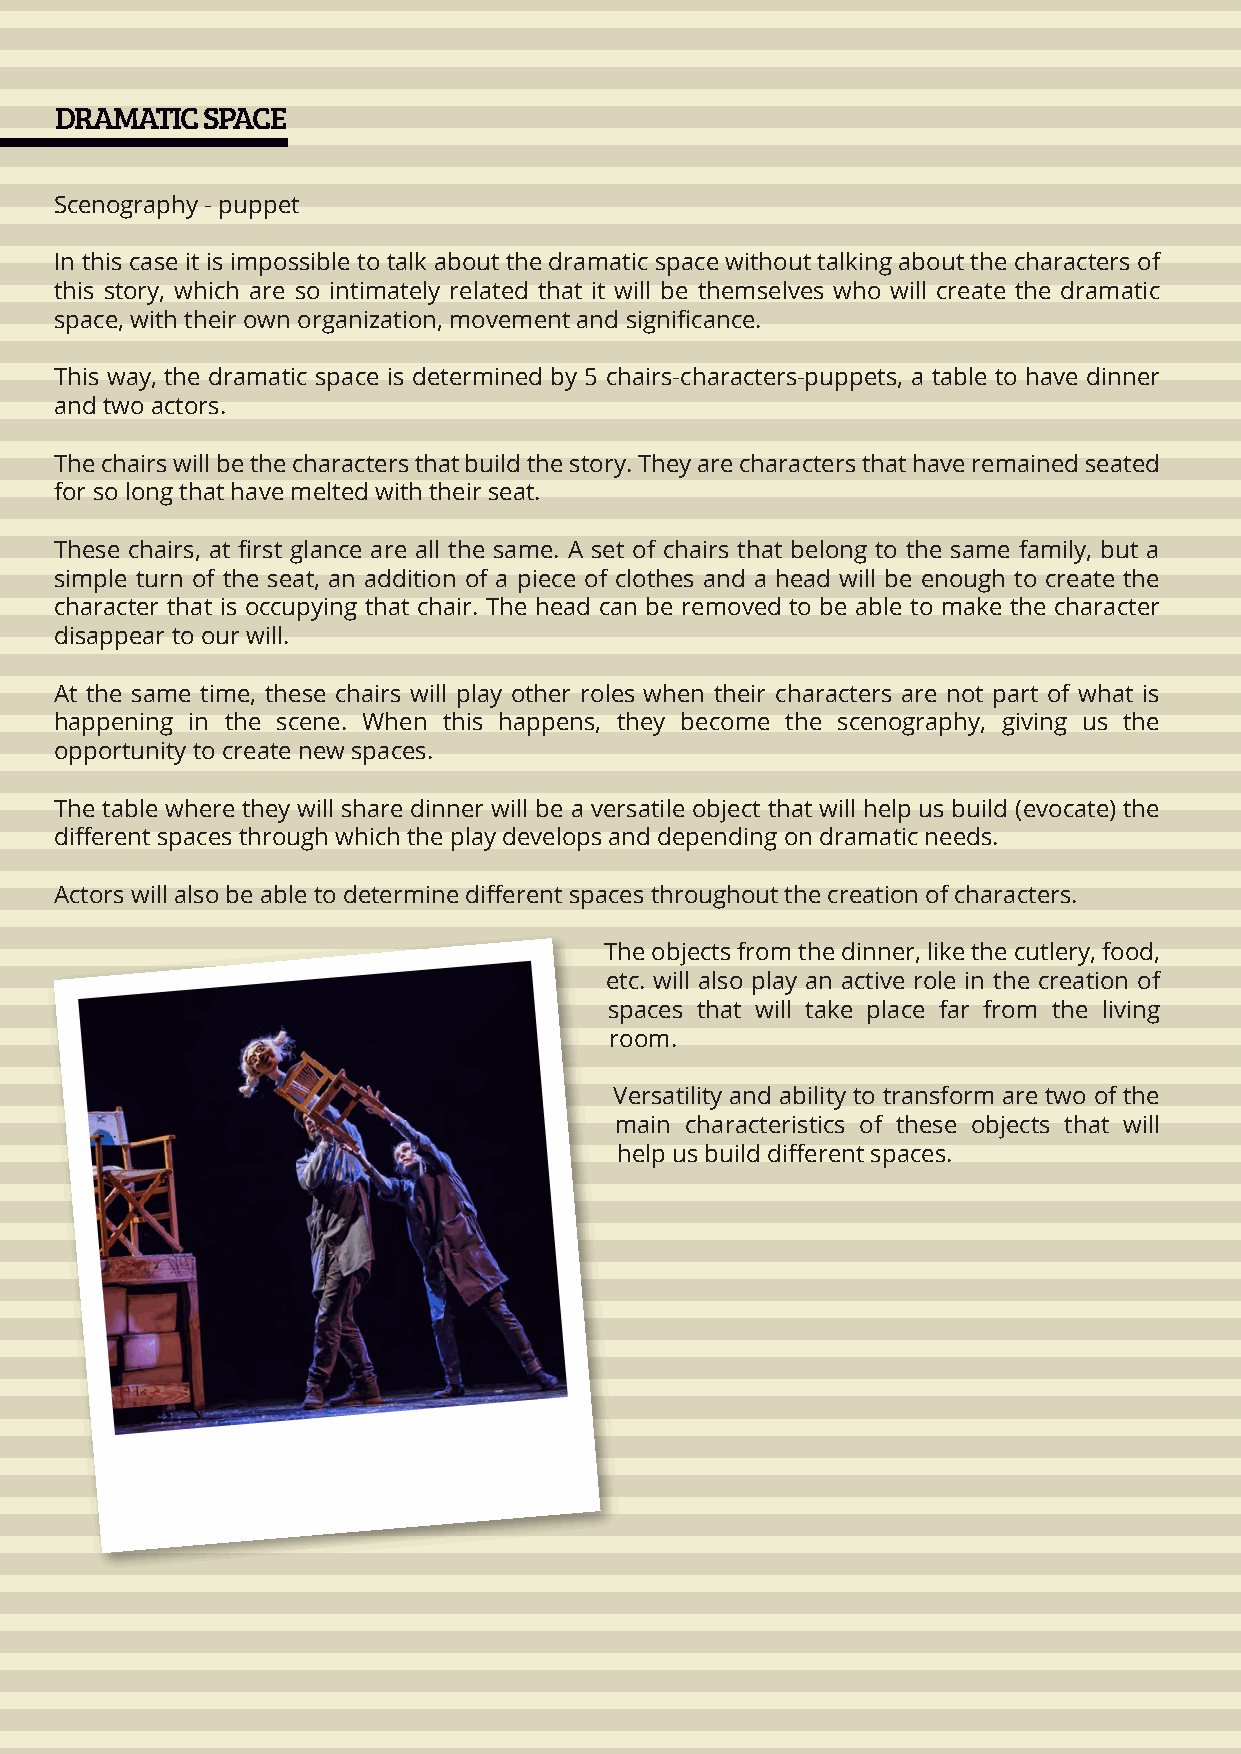
DRAMATIC SPACE
 Scenography - puppet
 In this case it is impossible to talk about the dramatic space without talking about the characters of
 this story, which are so intimately related that it will be themselves who will create the dramatic
 space, with their own organization, movement and significance.
 This way, the dramatic space is determined by 5 chairs-characters-puppets, a table to have dinner
 and two actors.
 The chairs will be the characters that build the story. They are characters that have remained seated
 for so long that have melted with their seat.
 These chairs, at first glance are all the same. A set of chairs that belong to the same family, but a
 simple turn of the seat, an addition of a piece of clothes and a head will be enough to create the
 character that is occupying that chair. The head can be removed to be able to make the character
 disappear to our will.
 At the same time, these chairs will play other roles when their characters are not part of what is
 happening in the scene. When this happens, they become the scenography, giving us the
 opportunity to create new spaces.
 The table where they will share dinner will be a versatile object that will help us build (evocate) the
 different spaces through which the play develops and depending on dramatic needs.
 Actors will also be able to determine different spaces throughout the creation of characters.
 The objects from the dinner, like the cutlery, food,
 etc. will also play an active role in the creation of
 spaces that will take place far from the living
 room.
 Versatility and ability to transform are two of the
 main characteristics of these objects that will
 help us build different spaces.